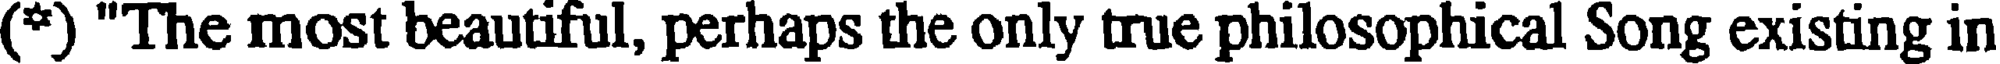
(*) "The most beautiful, perhaps the only true philosophical Song existing in